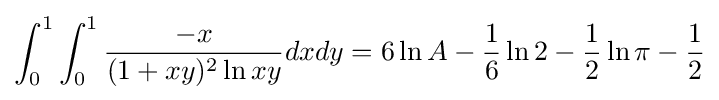
\int _{0}^{1}\int _{0}^{1}{\frac {-x}{(1+xy)^{2}\ln xy}}dxdy=6\ln A-{\frac {1}{6}}\ln 2-{\frac {1}{2}}\ln \pi -{\frac {1}{2}}